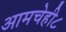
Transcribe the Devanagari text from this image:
आमचेही८